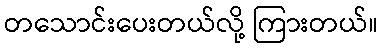
တသောင်းပေးတယ်လို့ ကြားတယ်။